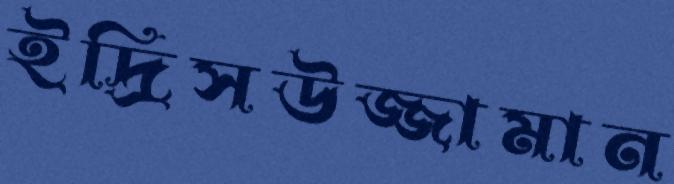
ইদ্রিসউজ্জামান